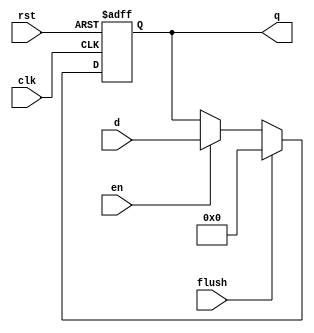
`timescale 1ns / 1ps
//////////////////////////////////////////////////////////////////////////////////
// Company: 
// Engineer: 
// 
// Design Name: 
// Module Name: flopenrc
// Project Name: 
// Target Devices: 
// Tool Versions: 
// Description: 
// 
// Dependencies: 
// 
// Revision:
// Revision 0.01 - File Created
// Additional Comments:
// 
///////////////////////////////////////////////////////////////////////////////////
//flopenrc #(32) r2D(clk,rst,~stallD,flushD,instrF,instrD);

module flopenrc #(parameter WIDTH = 8)(
	input wire clk,rst,en,flush,
	input wire [WIDTH-1:0] d,
	output reg [WIDTH-1:0] q
    );
	
	always @(posedge clk or posedge rst) begin

		if(rst) begin
			q <= 0;

		end else if(flush) begin
			q <= 0;

		end else if(en) begin
			q <= d;
		end
		
	end
endmodule